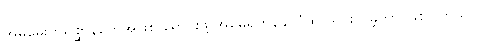
အိမ်မွေးတိရစ္ဆာန်တွေအဖြစ် ရောင်းဖို့ အမေရိကန်နိုင်ငံထဲ သွင်းယူခဲ့တာ ဖြစ်ပါတယ်။